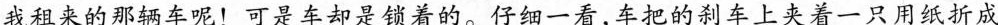
我租来的那辆车呢！可是车却是锁着的。仔细一看，车把的刹车上夹着一只用纸折成